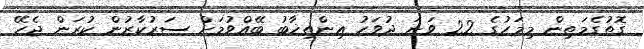
ގޮތުގެމަތިން މިމަހުގެ 22 ވަނަ ދުވަހު އިންތިޚާބު ބޭއްވުމަށް ސަރުކާރުން ކުރަން ޖެހޭ